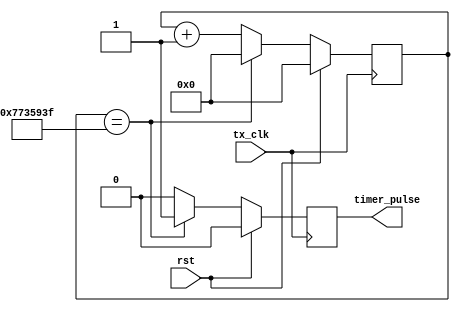
`timescale 1ns / 1ps
//////////////////////////////////////////////////////////////////////////////////
// Company: 
// Engineer: 
// 
// Design Name: 
// Module Name: timer
// Project Name: 
// Target Devices: 
// Tool Versions: 
// Description: 
// 
// Dependencies: 
// 
// Revision:
// Revision 0.01 - File Created
// Additional Comments:
// 
//////////////////////////////////////////////////////////////////////////////////


module timer#(
	parameter SIM_FLAG = 0 
)
	(
		input	wire		tx_clk,//125M
		input	wire		rst,
		output	wire		timer_pulse		
    );
	parameter ONE_S = 124_999_999;//
	parameter SIM_V = 1023;
	
	reg [26:0]		time_cnt;
	reg				timer_pulse_r;
	assign 	timer_pulse = timer_pulse_r;
//time_cnt	
	always@(posedge tx_clk)begin
		if(rst)
			time_cnt <= 'd0;
		else if(SIM_FLAG == 1'b0)begin
			if(time_cnt == ONE_S)
				time_cnt <= 'd0;
			else 
				time_cnt <= time_cnt + 1'b1;
		end
		else begin
			if(time_cnt == SIM_V)
				time_cnt <= 'd0;
			else 
				time_cnt <= time_cnt + 1'b1;
		end
	end
//timer_pulse_r
		always@(posedge tx_clk)begin
		if(rst)
			timer_pulse_r <= 1'b0;
		else if(SIM_FLAG == 1'b0)begin
			if(time_cnt == ONE_S)
				timer_pulse_r <= 1'b1;
			else 
				timer_pulse_r <= 1'b0;
		end
		else begin
			if(time_cnt == SIM_V)
				timer_pulse_r <= 1'b1;
			else 
				timer_pulse_r <= 1'b0;
		end
	end
endmodule